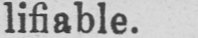
lifiable.